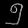
Digit: ၅